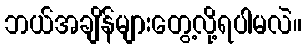
ဘယ်အချိန်များတွေ့လို့ရပါမလဲ။